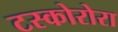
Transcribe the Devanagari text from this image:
टस्कोरोरा